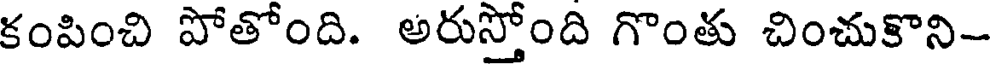
కంపించి పోతోంది. అరుస్తోంది గొంతు చించుకొని-